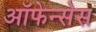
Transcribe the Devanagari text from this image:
ऑफेन्सेस